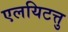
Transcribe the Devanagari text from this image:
एलयिटत्तु